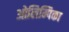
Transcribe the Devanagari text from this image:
ओलिम्पिका